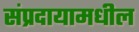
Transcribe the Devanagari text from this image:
संप्रदायामधील